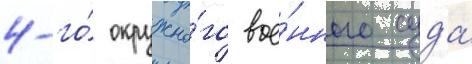
4-го́ окружно́го вое́нного суда́